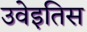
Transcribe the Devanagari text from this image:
उवेइतिस